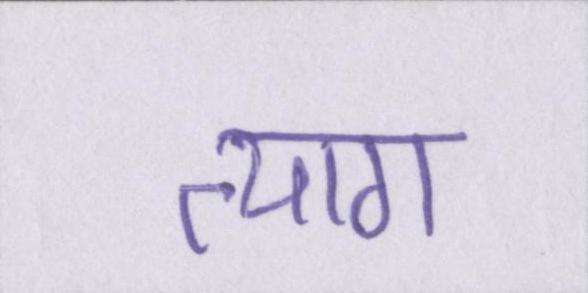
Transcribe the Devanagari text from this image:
त्याग